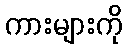
ကားများကို